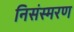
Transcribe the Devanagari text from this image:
निसंस्मरण